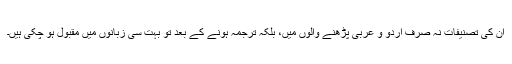
ان کی تصنیفات نہ صرف اردو و عربی پڑھنے والوں میں، بلکہ ترجمہ ہونے کے بعد تو بہت سی زبانوں میں مقبول ہو چکی ہیں۔